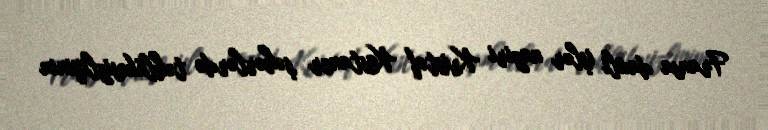
Fransa daxili işlər naziri Kristof Kastaner şəhərlərdə təhlükəsizliyinin